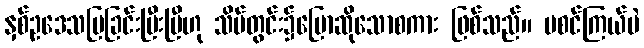
နှစ်ဥဒေသပြခြင်းပြီးပြီဟု သိမ်တွင်း၌ပြောဆိုသောစကား ဖြစ်သည်။ မစင်ကြယ်ပဲ